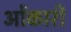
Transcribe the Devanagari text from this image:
ओंकारी